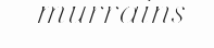
murrains